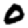
Digit: 0